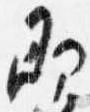
即